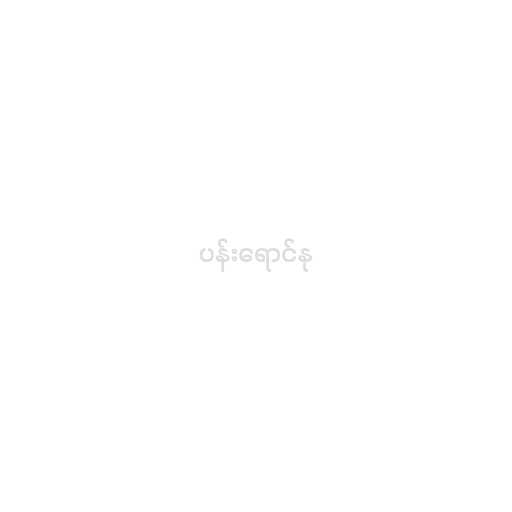
ပန်းရောင်နု